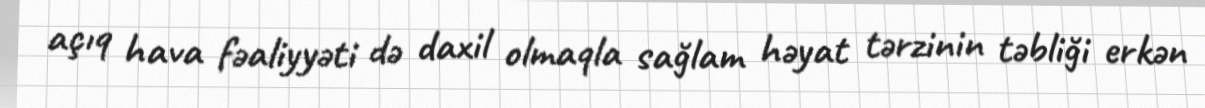
açıq hava fəaliyyəti də daxil olmaqla sağlam həyat tərzinin təbliği erkən